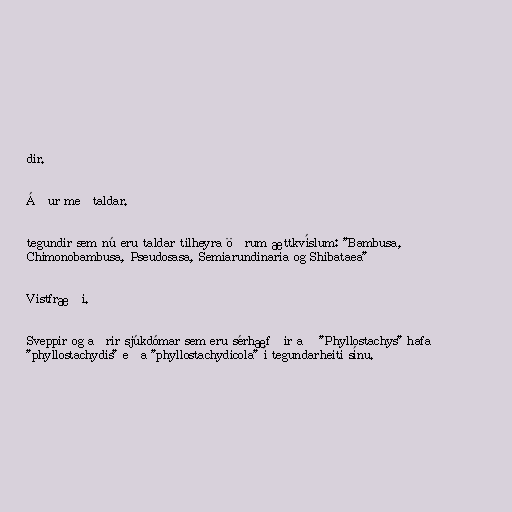
dir.

Áður meðtaldar.

tegundir sem nú eru taldar tilheyra öðrum ættkvíslum: "Bambusa,
Chimonobambusa, Pseudosasa, Semiarundinaria og Shibataea"

Vistfræði.

Sveppir og aðrir sjúkdómar sem eru sérhæfðir að "Phyllostachys" hafa
"phyllostachydis" eða "phyllostachydicola" í tegundarheiti sínu.